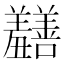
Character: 𫅡